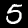
Digit: 5